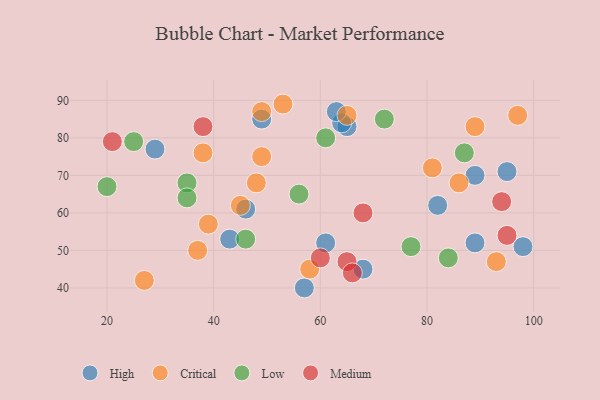
{"axis": {"x": "GDP", "y": "Life Expectancy"}, "legend": ["Critical", "High", "Low", "Medium"], "data": [{"x": "89", "y": 52, "type": "High"}, {"x": "61", "y": 52, "type": "High"}, {"x": "65", "y": 83, "type": "High"}, {"x": "57", "y": 40, "type": "High"}, {"x": "43", "y": 53, "type": "High"}, {"x": "68", "y": 45, "type": "High"}, {"x": "64", "y": 84, "type": "High"}, {"x": "29", "y": 77, "type": "High"}, {"x": "82", "y": 62, "type": "High"}, {"x": "63", "y": 87, "type": "High"}, {"x": "49", "y": 85, "type": "High"}, {"x": "46", "y": 61, "type": "High"}, {"x": "89", "y": 70, "type": "High"}, {"x": "98", "y": 51, "type": "High"}, {"x": "95", "y": 71, "type": "High"}, {"x": "49", "y": 87, "type": "Critical"}, {"x": "45", "y": 62, "type": "Critical"}, {"x": "39", "y": 57, "type": "Critical"}, {"x": "86", "y": 68, "type": "Critical"}, {"x": "81", "y": 72, "type": "Critical"}, {"x": "37", "y": 50, "type": "Critical"}, {"x": "53", "y": 89, "type": "Critical"}, {"x": "93", "y": 47, "type": "Critical"}, {"x": "89", "y": 83, "type": "Critical"}, {"x": "58", "y": 45, "type": "Critical"}, {"x": "38", "y": 76, "type": "Critical"}, {"x": "49", "y": 75, "type": "Critical"}, {"x": "48", "y": 68, "type": "Critical"}, {"x": "97", "y": 86, "type": "Critical"}, {"x": "65", "y": 86, "type": "Critical"}, {"x": "27", "y": 42, "type": "Critical"}, {"x": "20", "y": 67, "type": "Low"}, {"x": "35", "y": 68, "type": "Low"}, {"x": "87", "y": 76, "type": "Low"}, {"x": "25", "y": 79, "type": "Low"}, {"x": "77", "y": 51, "type": "Low"}, {"x": "84", "y": 48, "type": "Low"}, {"x": "72", "y": 85, "type": "Low"}, {"x": "56", "y": 65, "type": "Low"}, {"x": "46", "y": 53, "type": "Low"}, {"x": "61", "y": 80, "type": "Low"}, {"x": "35", "y": 64, "type": "Low"}, {"x": "38", "y": 83, "type": "Medium"}, {"x": "65", "y": 47, "type": "Medium"}, {"x": "68", "y": 60, "type": "Medium"}, {"x": "21", "y": 79, "type": "Medium"}, {"x": "95", "y": 54, "type": "Medium"}, {"x": "60", "y": 48, "type": "Medium"}, {"x": "66", "y": 44, "type": "Medium"}, {"x": "94", "y": 63, "type": "Medium"}]}